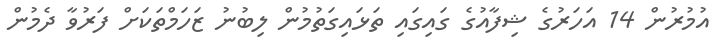
އުމުރުން 14 އަހަރުގެ ޝިފާއުގެ ގައިގައި ތަޅައިގަތުމުން ލިބުނު ޒަހަމްތަކަށް ފަރުވާ ދެމުން